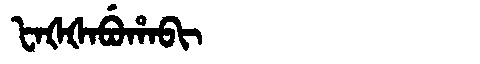
Manchu: ᡶᠠᡧᡧᠠᠪᡠᡥᠠᠪᡳ
Romanization: FAŠŠABUHABI